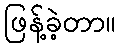
ဖြန့်ခဲ့တာ။